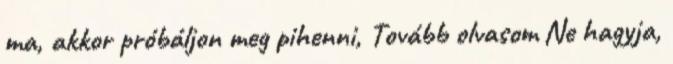
ma, akkor próbáljon meg pihenni, Tovább olvasom Ne hagyja,